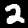
Label: 2